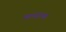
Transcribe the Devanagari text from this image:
मानदण्‍ड